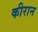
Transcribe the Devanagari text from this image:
कीरान